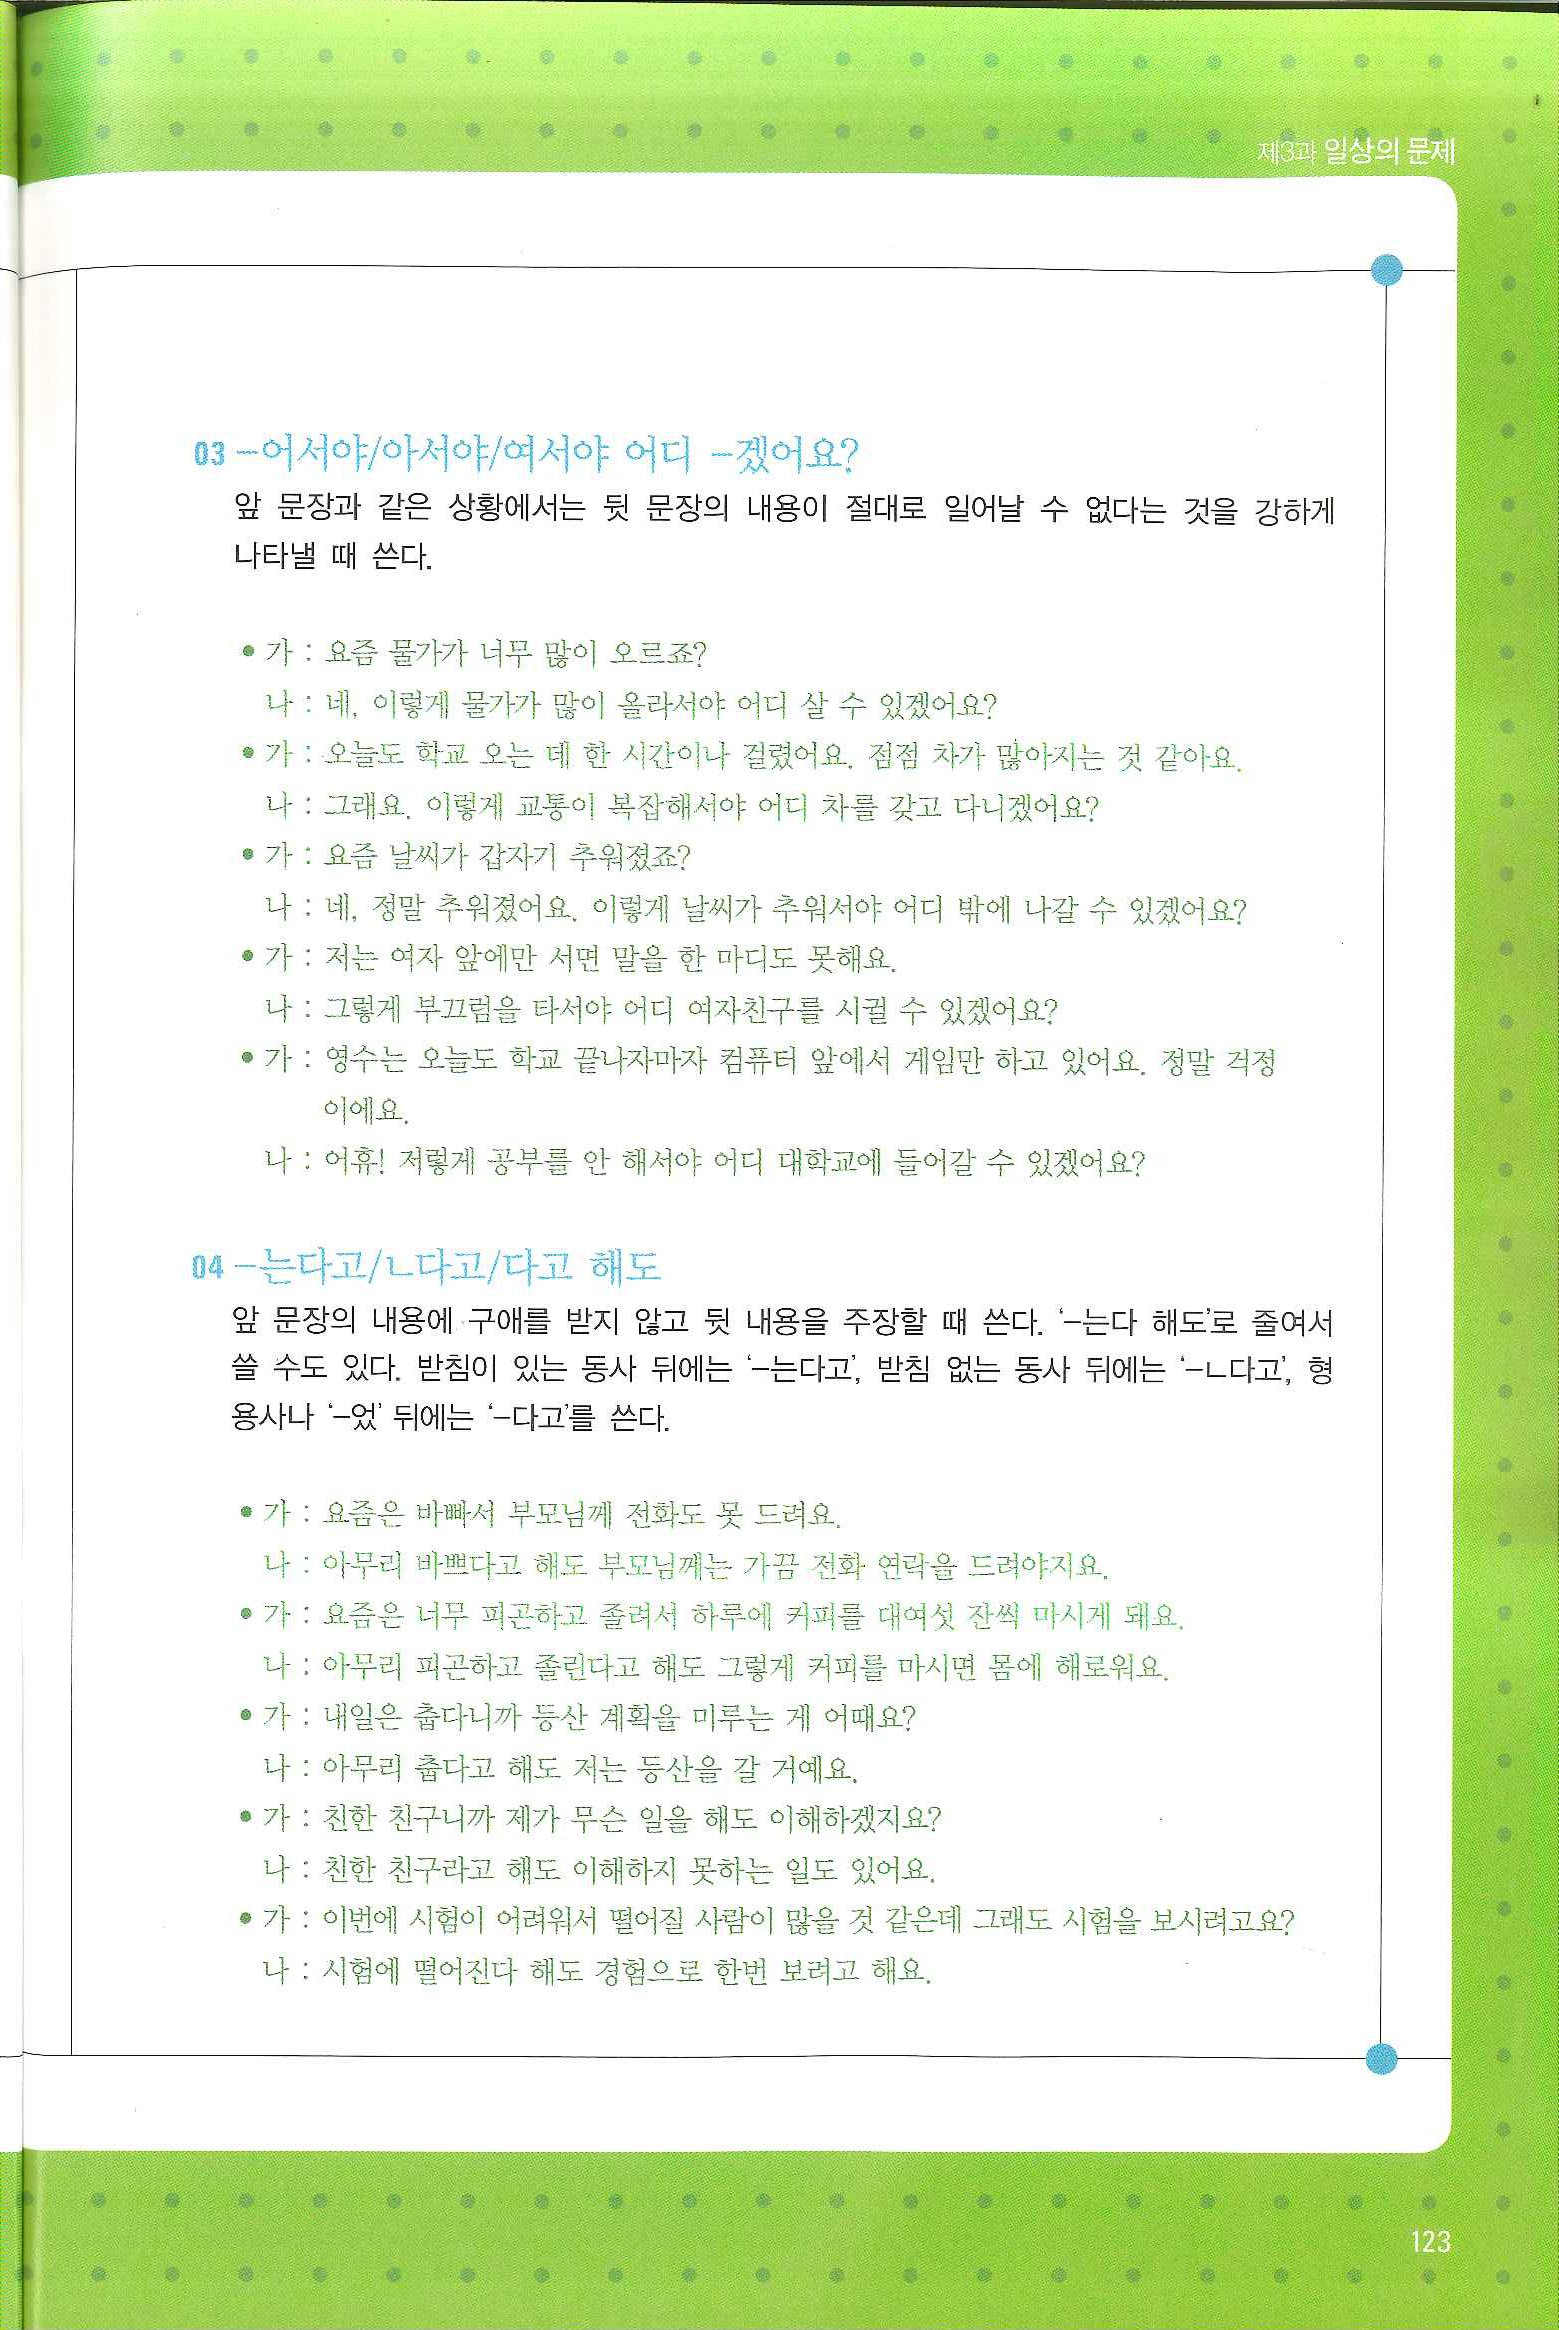
Language: ko